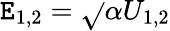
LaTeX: \mathtt{E}_{1,2}=\sqrt{}{{\alpha}}U_{1,2}